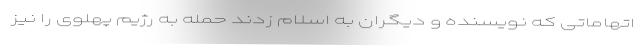
اتهاماتی که نویسنده و دیگران به اسلام زدند حمله به رژیم پهلوی را نیز